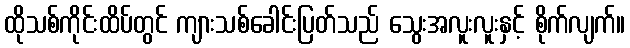
ထိုသစ်ကိုင်းထိပ်တွင် ကျားသစ်ခေါင်းပြတ်သည် သွေးအလူးလူးနှင့် စိုက်လျက်။